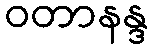
ဝတာနန္ဒ